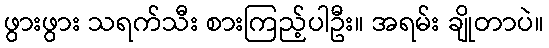
ဖွားဖွား သရက်သီး စားကြည့်ပါဦး။ အရမ်း ချိုတာပဲ။